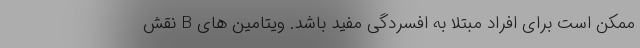
ممکن است برای افراد مبتلا به افسردگی مفید باشد. ویتامین های B نقش